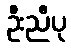
ဦးညီပု